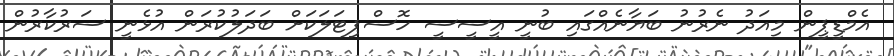
އެމްޑީޕީން މިއަދު ނެރުނު ބަޔާނެއްގައި ބުނީ އީސީސީ ހޮސްޕިޓަލަކަށް ބަދަލުކުރަން އުޅެނީ ސަރުކާރުން